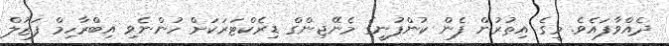
ދެއްވާފައެވެ. މީގެ އިތުރުން ފެން ކުންފުނީގެ މެނޭޖިންގް ޑިރެކްޓަރަކަށް ހުންނެވި އިބްރާހިމް ފަޒުލް